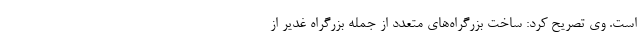
است. وی تصریح کرد: ساخت بزرگراه‌های متعدد از جمله بزرگراه غدیر از